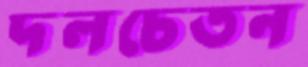
দলচেতন